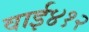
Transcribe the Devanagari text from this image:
वाई४१२